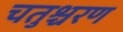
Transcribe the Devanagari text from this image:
चतुश्चरण